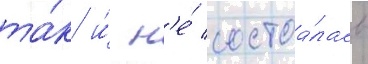
та́к и́ н'е́ состоа́лась